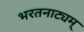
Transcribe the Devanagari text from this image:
भरतनाट्यम्‌